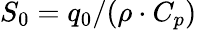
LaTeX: S_{0}=q_{0}/(\rho\cdot C_{p})